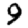
Digit: 9